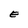
Character: E